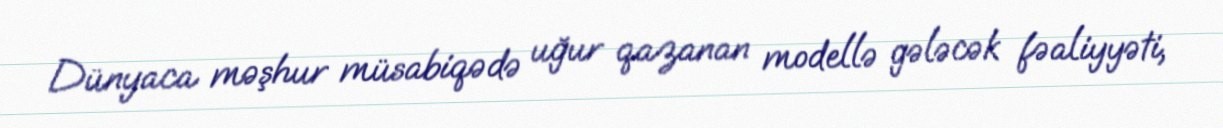
Dünyaca məşhur müsabiqədə uğur qazanan modellə gələcək fəaliyyəti,